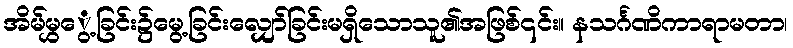
အိမ်မွှွေ့ခြင်း၌မွေ့ခြင်းလျှော်ခြင်းမရှိသောသူ၏အဖြစ်၎င်း။ နသင်္ဂဏိကာရာမတာ၊